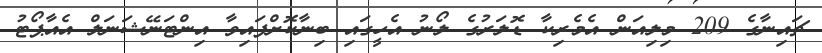
ޗައިނާގެ 209 މިލިއަން އެމެރިކާ ޑޮލަރުގެ ލޯނު އެހީގައި ބިނާކޮށްފައިވާ އިންޓަނޭޝަނަލް އެއާޕޯޓު